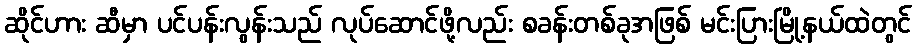
ဆိုင်ဟား ဆီမှာ ပင်ပန်းလွန်းသည် လုပ်ဆောင်ဖို့လည်း စခန်းတစ်ခုအဖြစ် မင်းပြားမြို့နယ်ထဲတွင်